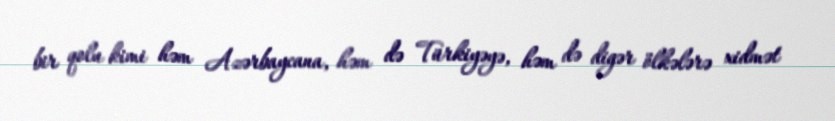
bir qolu kimi həm Azərbaycana, həm də Türkiyəyə, həm də digər ölkələrə xidmət